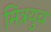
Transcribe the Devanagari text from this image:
मित्रयुव